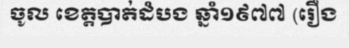
ចូល ខេត្តបាត់ដំបង ឆ្នាំ១៩៧៧ (រឿង